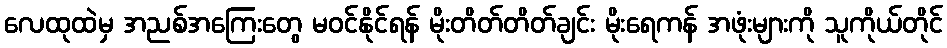
လေထုထဲမှ အညစ်အကြေးတွေ မဝင်နိုင်ရန် မိုးတိတ်တိတ်ချင်း မိုးရေကန် အဖုံးများကို သူကိုယ်တိုင်